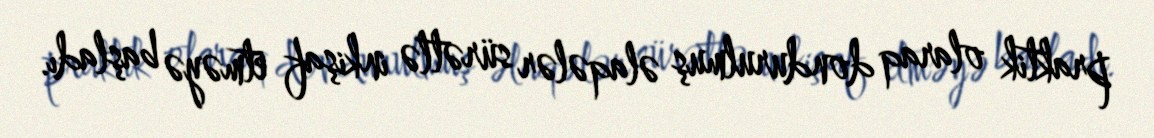
praktik olaraq dondurulmuş əlaqələr sürətlə inkişaf etməyə başladı.